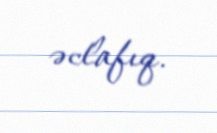
əclafıq.